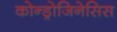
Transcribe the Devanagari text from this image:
कोन्ड्रोजिनेसिस